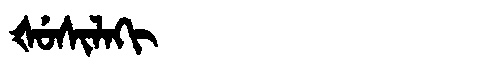
Manchu: ᡧᡠᠰᡳᠯᠠᡴᡳ
Romanization: ŠUSILAKI